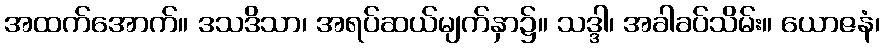
အထက်အောက်။ ဒသဒိသာ၊ အရပ်ဆယ်မျက်နှာ၌။ သဒ္ဒါ၊ အခါခပ်သိမ်း။ ယောဇနံ၊